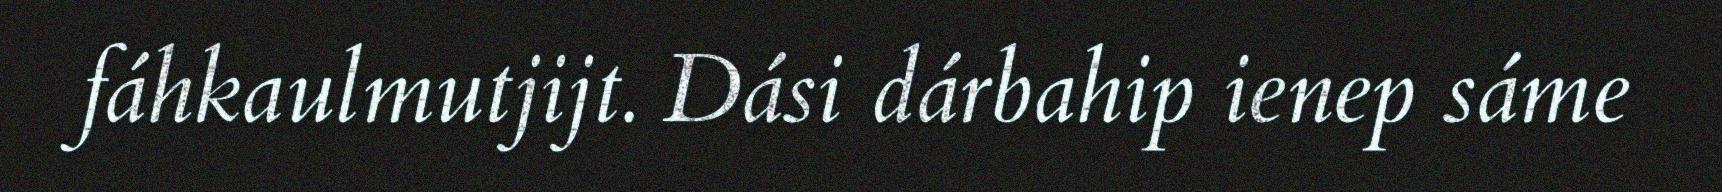
fáhkaulmutjijt. Dási dárbahip ienep sáme